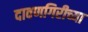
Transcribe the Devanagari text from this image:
दावणगिरीच्या